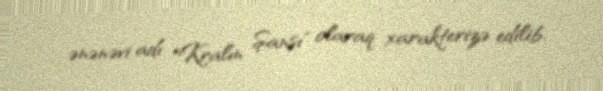
ənənəvi adı "Kralın Şansı" olaraq xarakterizə edilib.